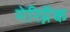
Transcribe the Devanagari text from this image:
मेरिग्नॅक